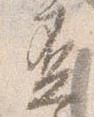
盃